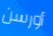
أورسن